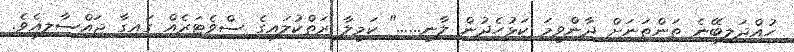
ހުއްދަލިބޭނެ ތަންތަނަށް ދާންވީމަ ކަޅުހެދުން ލާނީ......" ކަމީލާ ރަތްކުލައިގެ ސްވެޓަރެއް ގައިގާ ޖައްސާލިއެވެ.